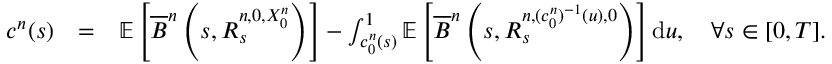
\begin{array} { r l r } { c ^ { n } ( s ) } & { = } & { \mathbb { E } \left[ \overline { { B } } ^ { n } \left( s , R _ { s } ^ { n , 0 , X _ { 0 } ^ { n } } \right) \right] - \int _ { c _ { 0 } ^ { n } ( s ) } ^ { 1 } \mathbb { E } \left[ \overline { { B } } ^ { n } \left( s , R _ { s } ^ { n , ( c _ { 0 } ^ { n } ) ^ { - 1 } ( u ) , 0 } \right) \right] \mathrm { d } u , \quad \forall s \in [ 0 , T ] . } \end{array}